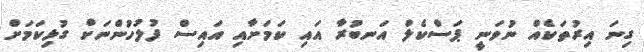
ގިނަ އިރުތަކެއް ނުވަނީ ޕަސްކެލް އަނބުރާ އައި ކަމަށާއި އައިސް ފުލުހުންނަށް ގުޅިކަމަށް